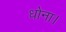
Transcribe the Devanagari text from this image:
धोना।